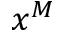
x ^ { M }